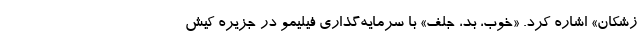
زشکان» اشاره کرد. «خوب، بد، جلف» با سرمایه‌گذاری فیلیمو در جزیره کیش